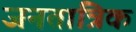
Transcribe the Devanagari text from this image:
जनतात्रिक